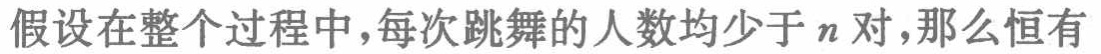
假设在整个过程中,每次跳舞的人数均少于\(n\)对,那么恒有